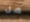
هل